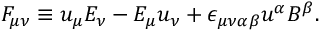
F _ { \mu \nu } \equiv u _ { \mu } E _ { \nu } - E _ { \mu } u _ { \nu } + \epsilon _ { \mu \nu \alpha \beta } u ^ { \alpha } B ^ { \beta } .